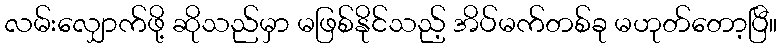
လမ်းလျှောက်ဖို့ ဆိုသည်မှာ မဖြစ်နိုင်သည့် အိပ်မက်တစ်ခု မဟုတ်တော့ပြီ။